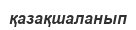
қазақшаланып